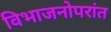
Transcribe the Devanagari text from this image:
विभाजनोपरांत